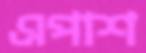
এপাশ